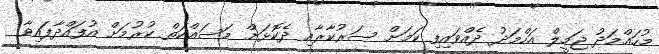
މުހައްމަދު ޖަމީލް އަހްމަދު ދެއްވައިފި ކަމަށް ސަރުކާރާއި ދެކޮޅަށް މަސައްކަތް ކުރުމަށް އުފައްދާފައިވާ